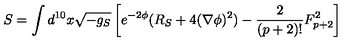
S = \int d ^ { 1 0 } x \sqrt { - g _ { S } } \left[ e ^ { - 2 \phi } ( R _ { S } + 4 ( \nabla \phi ) ^ { 2 } ) - \frac { 2 } { ( p + 2 ) ! } F _ { p + 2 } ^ { 2 } \right]